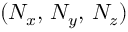
( N _ { x } , \, N _ { y } , \, N _ { z } )